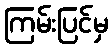
ကြမ်းပြင်မှ